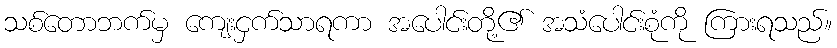
သစ်တောဘက်မှ ကျေးငှက်သာရကာ အပေါင်းတို့၏ အသံပေါင်းစုံကို ကြားရသည်။